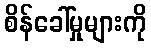
စိန်ခေါ်မှုများကို